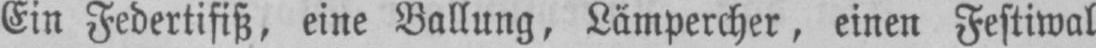
Ein Federtifiß, eine Ballung, Lämpercher, einen Festiwal